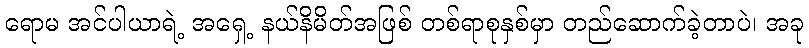
ရောမ အင်ပါယာရဲ့ အရှေ့ နယ်နိမိတ်အဖြစ် တစ်ရာစုနှစ်မှာ တည်ဆောက်ခဲ့တာပဲ၊ အခု